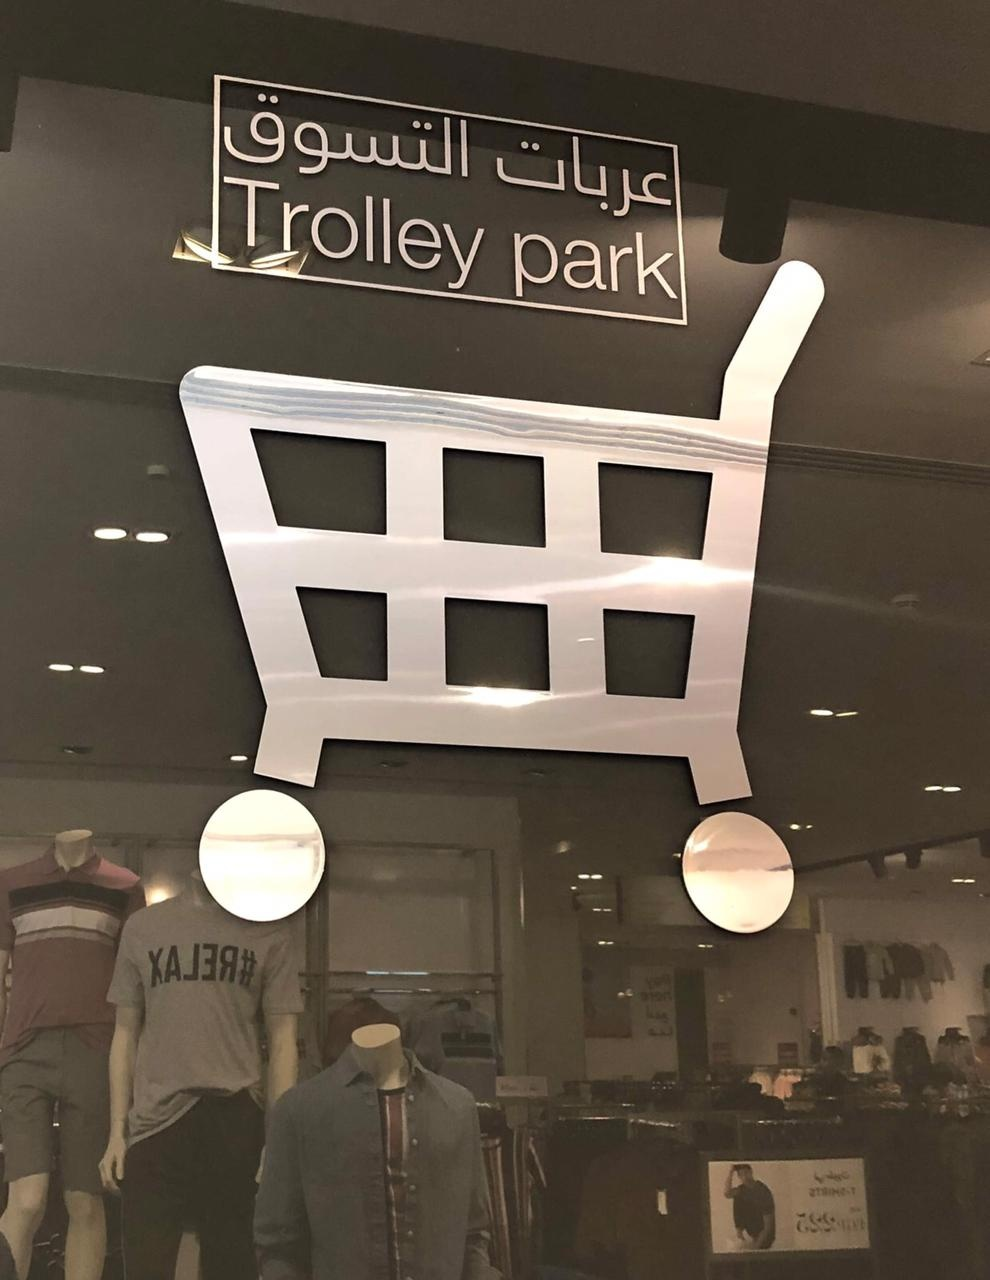
Text in image: التسوق عربات Trolley Park